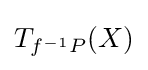
T_{f^{-1}P}(X)